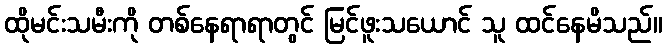
ထိုမင်းသမီးကို တစ်နေရာရာတွင် မြင်ဖူးသယောင် သူ ထင်နေမိသည်။